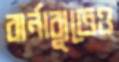
বার্নাব্যুতেও